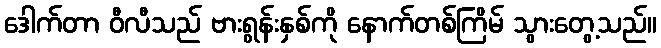
ဒေါက်တာ ဝီလီသည် ဗားရွန်းနှစ်ကို နောက်တစ်ကြိမ် သွားတွေ့သည်။